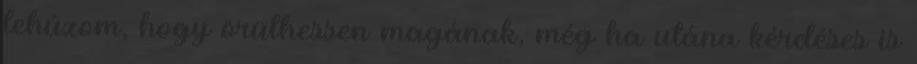
lehúzom, hogy örülhessen magának, még ha utána kérdéses is